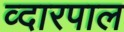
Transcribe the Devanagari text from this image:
व्दारपाल